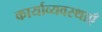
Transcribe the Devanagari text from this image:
कार्याव्यवस्थाएँ